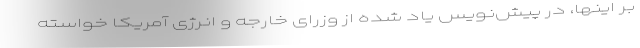
بر اینها، در پیش‌نویس یاد شده از وزرای خارجه و انرژی آمریکا خواسته